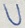
Text: U